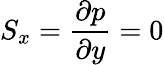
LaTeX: S_{x}=\frac{\partial p}{\partial y}=0